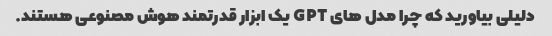
دلیلی بیاورید که چرا مدل های GPT یک ابزار قدرتمند هوش مصنوعی هستند.